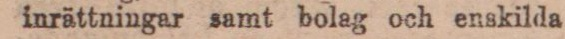
inrättningar samt bolag och enskilda